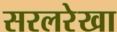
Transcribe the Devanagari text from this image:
सरलरेखा